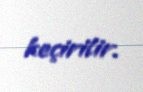
keçirilir.